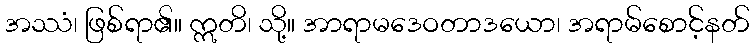
အဿံ၊ ဖြစ်ရာ၏။ ဣတိ၊ သို့။ အာရာမဒေဝတာဒယော၊ အရာမ်စောင့်နတ်